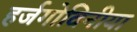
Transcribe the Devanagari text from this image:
हर्जगोविनीया